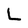
Character: L